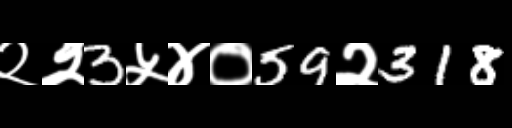
Text: २२3५४०59२318